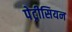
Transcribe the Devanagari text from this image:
पेट्रीसियन